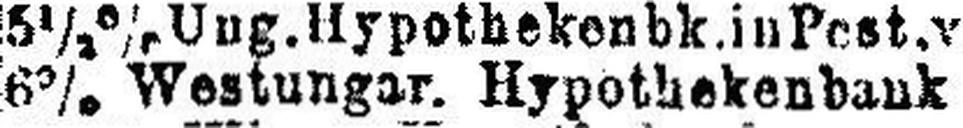
6% Westunger. Hypothekenbank